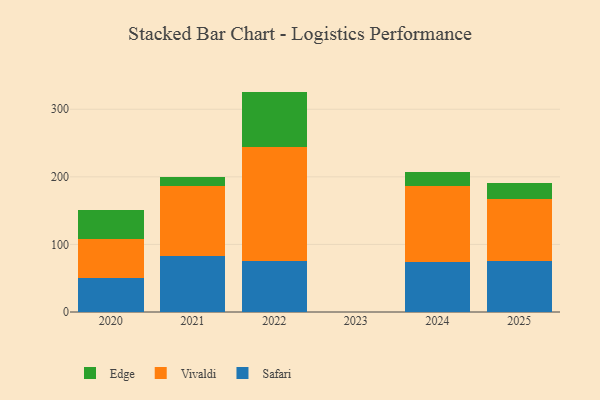
{"axis": {"x": "Year", "y": "LTV (USD)"}, "legend": ["Edge", "Safari", "Vivaldi"], "data": [{"x": "2021", "y": 83.3, "type": "Safari"}, {"x": "2021", "y": 103.6, "type": "Vivaldi"}, {"x": "2021", "y": 12.6, "type": "Edge"}, {"x": "2022", "y": 75.5, "type": "Safari"}, {"x": "2022", "y": 168.0, "type": "Vivaldi"}, {"x": "2022", "y": 82.6, "type": "Edge"}, {"x": "2025", "y": 74.8, "type": "Safari"}, {"x": "2025", "y": 92.9, "type": "Vivaldi"}, {"x": "2025", "y": 22.5, "type": "Edge"}, {"x": "2024", "y": 73.7, "type": "Safari"}, {"x": "2024", "y": 112.8, "type": "Vivaldi"}, {"x": "2024", "y": 20.2, "type": "Edge"}, {"x": "2020", "y": 49.8, "type": "Safari"}, {"x": "2020", "y": 58.8, "type": "Vivaldi"}, {"x": "2020", "y": 42.1, "type": "Edge"}]}